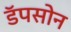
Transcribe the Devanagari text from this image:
डॅपसोन